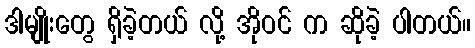
ဒါမျိုးတွေ ရှိခဲ့တယ် လို့ အိုဝင် က ဆိုခဲ့ ပါတယ်။